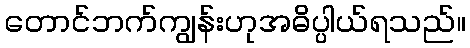
တောင်ဘက်ကျွန်းဟုအဓိပ္ပါယ်ရသည်။